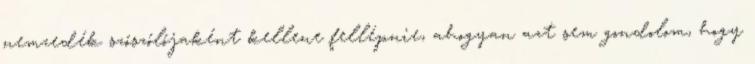
nemzedék szószólójaként kellene fellépnie, ahogyan azt sem gondolom, hogy